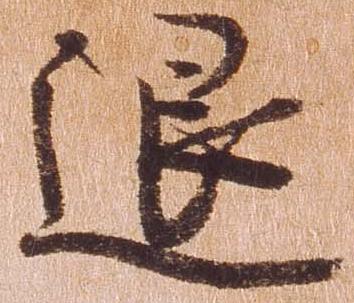
退